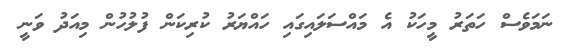
ނަމަވެސް ހަތަރު މީހަކު އެ މައްސަލައިގައި ހައްޔަރު ކުރިކަން ފުލުހުން މިއަދު ވަނީ